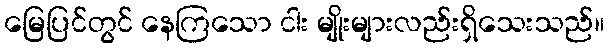
မြေပြင်တွင် နေကြသော ငါး မျိုးများလည်းရှိသေးသည်။